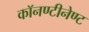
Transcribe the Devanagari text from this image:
काॅनण्टीनेण्ट